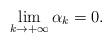
LaTeX: \begin{align*}\lim_{k\to+\infty}\alpha_k= 0.\end{align*}